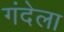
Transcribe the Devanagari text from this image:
गंदेला